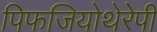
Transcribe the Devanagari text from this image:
पिफजियोथेरेपी